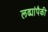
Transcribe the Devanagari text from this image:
लढ्यांपैकी